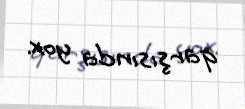
qarşısında yox.